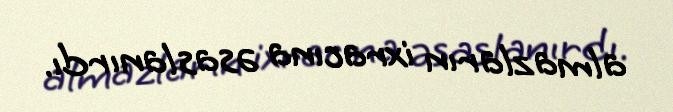
almazların ixracına əsaslanırdı.